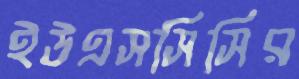
ইউএসসিসির